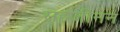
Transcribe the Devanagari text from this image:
सहजीनन